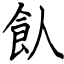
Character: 飤